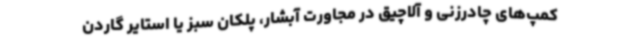
کمپ‌های چادرزنی و آلاچیق در مجاورت آبشار، پلکان سبز یا استایر گاردن